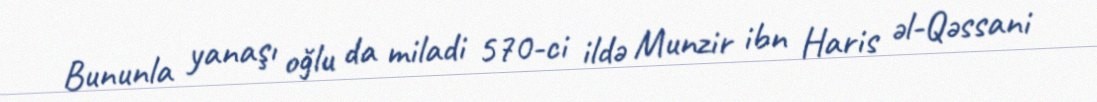
Bununla yanaşı oğlu da miladi 570-ci ildə Munzir ibn Haris əl-Qəssani